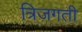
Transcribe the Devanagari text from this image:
त्रिजगती